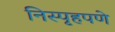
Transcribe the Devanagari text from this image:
निस्पृहपणे